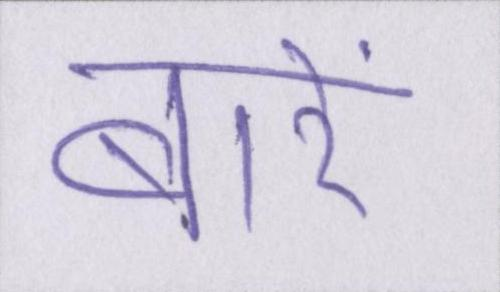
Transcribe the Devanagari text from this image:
बारें